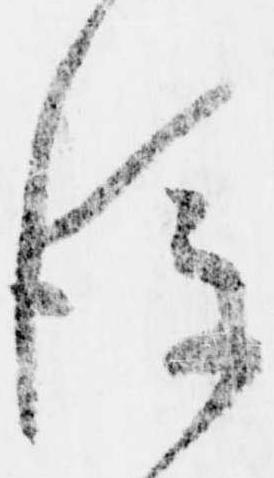
後